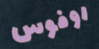
روفوس